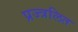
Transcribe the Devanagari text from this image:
प्रज्त्रलित